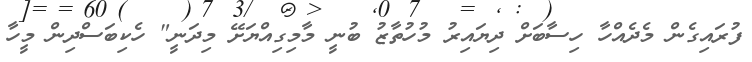
ފުރައިގެން މެދެއްހާ ހިސާބަށް ދިޔައިރު މުހުތާޒު ބުނީ މާމިގިއްޔަށޭ މިދަނީ" ހެކިބަސްދިން މީހާ